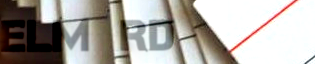
Elm Rd